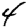
Digit: 4